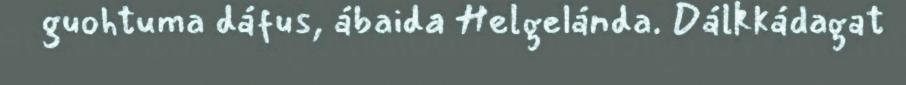
guohtuma dáfus, ábaida Helgelánda. Dálkkádagat